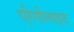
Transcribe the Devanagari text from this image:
एरेगोनाइट